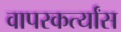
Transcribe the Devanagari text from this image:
वापरकर्त्यांस